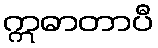
ဣဓာတာပီ